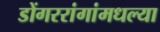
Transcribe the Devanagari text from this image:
डोंगररांगांमधल्या